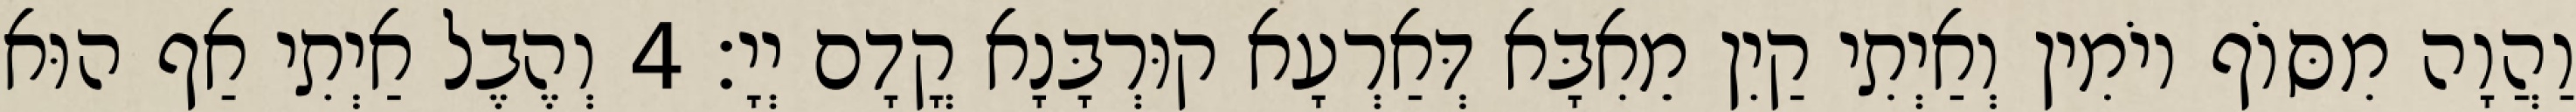
וַהֲוָה מִסּוֹף יוֹמִין וְאַיְתִי קַיִן מֵאִבָּא דְּאַרְעָא קוּרְבָּנָא קֳדָם יְיָ׃ 4 וְהֶבֶל אַיְתִי אַף הוּא